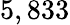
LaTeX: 5,833